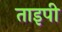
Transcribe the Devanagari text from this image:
ताइपी